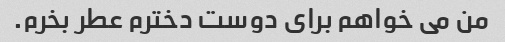
من می خواهم برای دوست دخترم عطر بخرم.